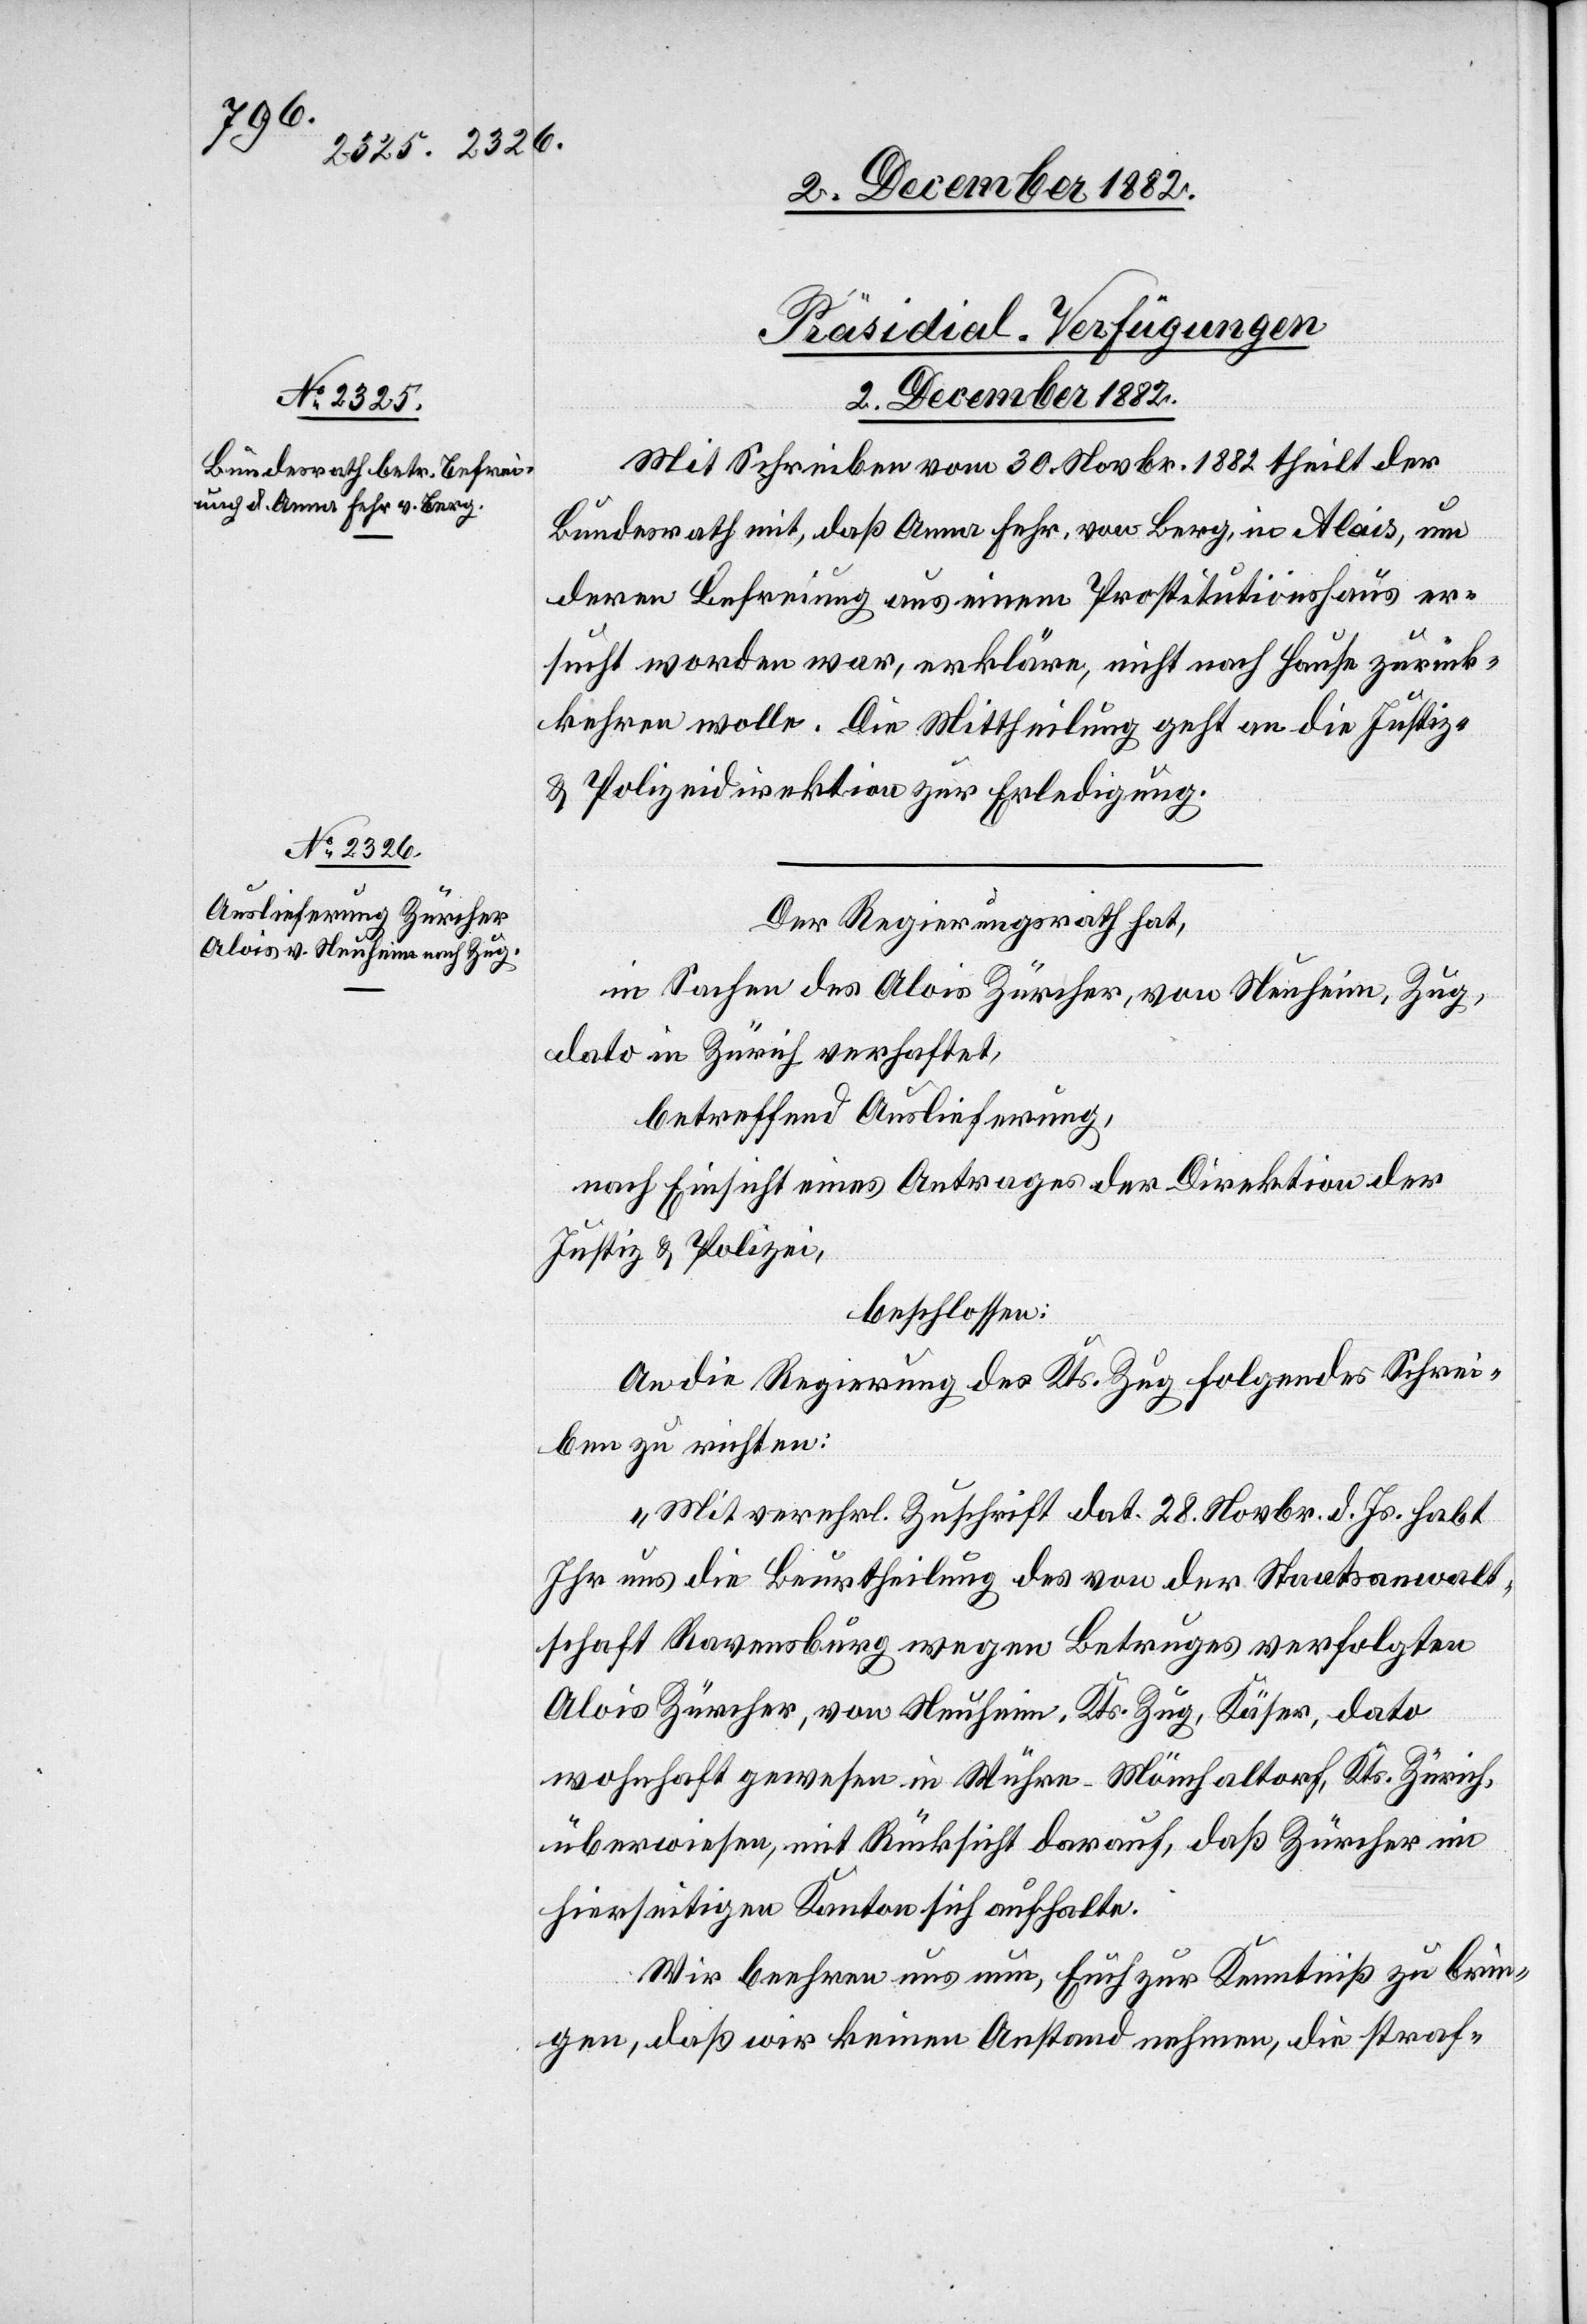
[Präsidial-Verfügungen.
2. December 1882.]
Mit Schreiben vom 30. Novbr. 1882 theilt der
kehren
Bundesrath mit, daß Anna Fehr, von Berg, in Alais, um
deren Befreiung aus einem Prostitutionshaus er¬
sucht worden war, erkläre, nicht nach Hause zurück¬
zu wollen]. Die Mittheilung geht an die Justiz-
& Polizeidirektion zur Erledigung.
Der Regierungsrath hat,
in Sachen des Alois Zürcher, von Neuheim, Zug,
dato in Zürch verhaftet,
betreffend Auslieferung,
nach Einsicht eines Antrages der Direktion der
Justiz & Polizei,
beschlossen:
An die Regierung des Kts. Zug folgendes Schrei¬
ben zu richten:
„Mit verehrl. Zuschrift dat. 28. Novbr. d. Js. habt
Ihr uns die Beurtheilung des von der Staatsanwalt¬
schaft Ravensburg wegen Betruges verfolgten
Alois Zürcher, von Neuheim, Kts. Zug, Käser, dato
wohnhaft gewesen in Wühre - Mönchaltorf, Kts. Zürich,
überwiesen, mit Rücksicht darauf, daß Zürcher im
hierseitigen Kanton sich aufhalte.
Wir beehren uns nun, Euch zur Kenntniß zu brin¬
gen, daß wir keinen Anstand nehmen, die straf-